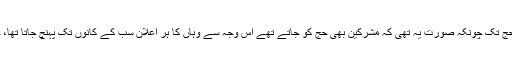
خاص طور پر ۹ھ کے حج تک چونکہ صورت یہ تھی کہ مشرکین بھی حج کو جاتے تھے اس وجہ سے وہاں کا ہر اعلان سب کے کانوں تک پہنچ جاتا تھا، خواہ مسلمان ہوں یا کفار۔